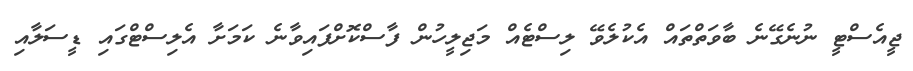
ޖީއެސްޓީ ނުނެގޭނެ ބާވަތްތައް އެކުލެވޭ ލިސްޓެއް މަޖިލީހުން ފާސްކޮށްފައިވާނެ ކަމަށާ އެލިސްޓްގައި ޑީސަލާއި